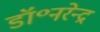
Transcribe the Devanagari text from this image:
डॉ॰नरेन्द्र